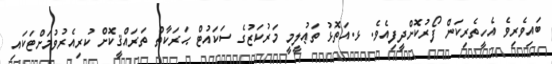
ބައިވެރިވެ އެހީތެރިކަން ފޯރުކޮށްދީފިއެވެ. ޅ.އަތޮޅު ތަޢުލީމީ މަރުކަޒުގެ ސަކައުޓް ޙަރަކާތް ތަރައްޤީކޮށް ކުރިއެރުވުމަށްޓަކައި